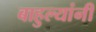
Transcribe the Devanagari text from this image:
बाहुल्यांनी